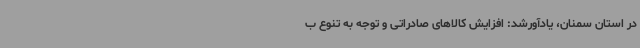
در استان سمنان، یادآورشد: افزایش کالاهای صادراتی و توجه به تنوع ب